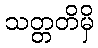
သတ္တတိမှိ